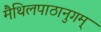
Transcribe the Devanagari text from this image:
मैथिलपाठानुगम्